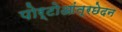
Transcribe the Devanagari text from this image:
पोर्टोआंत्रछेदन